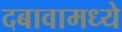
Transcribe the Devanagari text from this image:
दबावामध्ये